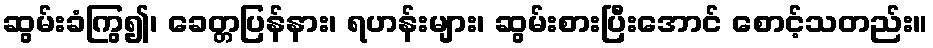
ဆွမ်းခံကြွ၍၊ ခေတ္တပြန်နား၊ ရဟန်းများ၊ ဆွမ်းစားပြီးအောင် စောင့်သတည်း။